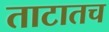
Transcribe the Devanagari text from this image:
ताटातच